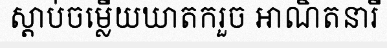
ស្តាប់ចម្លើយឃាតករួច អាណិតនារី